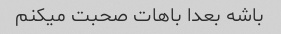
باشه بعدا باهات صحبت میکنم